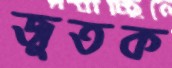
জুতক